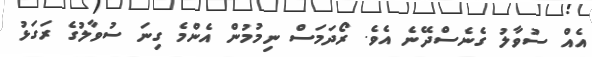
އެއް ސުވާލު ގެނެސްދޭނެ އެވެ. ރޯދަމަސް ނިމުމުން އެންމެ ގިނަ ސުވާލުގެ ރަގަޅު